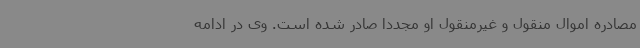
مصادره اموال منقول و غیرمنقول او مجددا صادر شده است. وی در ادامه